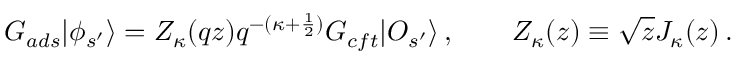
G _ { a d s } | \phi _ { s ^ { \prime } } \rangle = Z _ { \kappa } ( q z ) q ^ { - ( \kappa + \frac { 1 } { 2 } ) } G _ { c f t } | { \cal O } _ { s ^ { \prime } } \rangle \, , \qquad Z _ { \kappa } ( z ) \equiv \sqrt { z } J _ { \kappa } ( z ) \, .